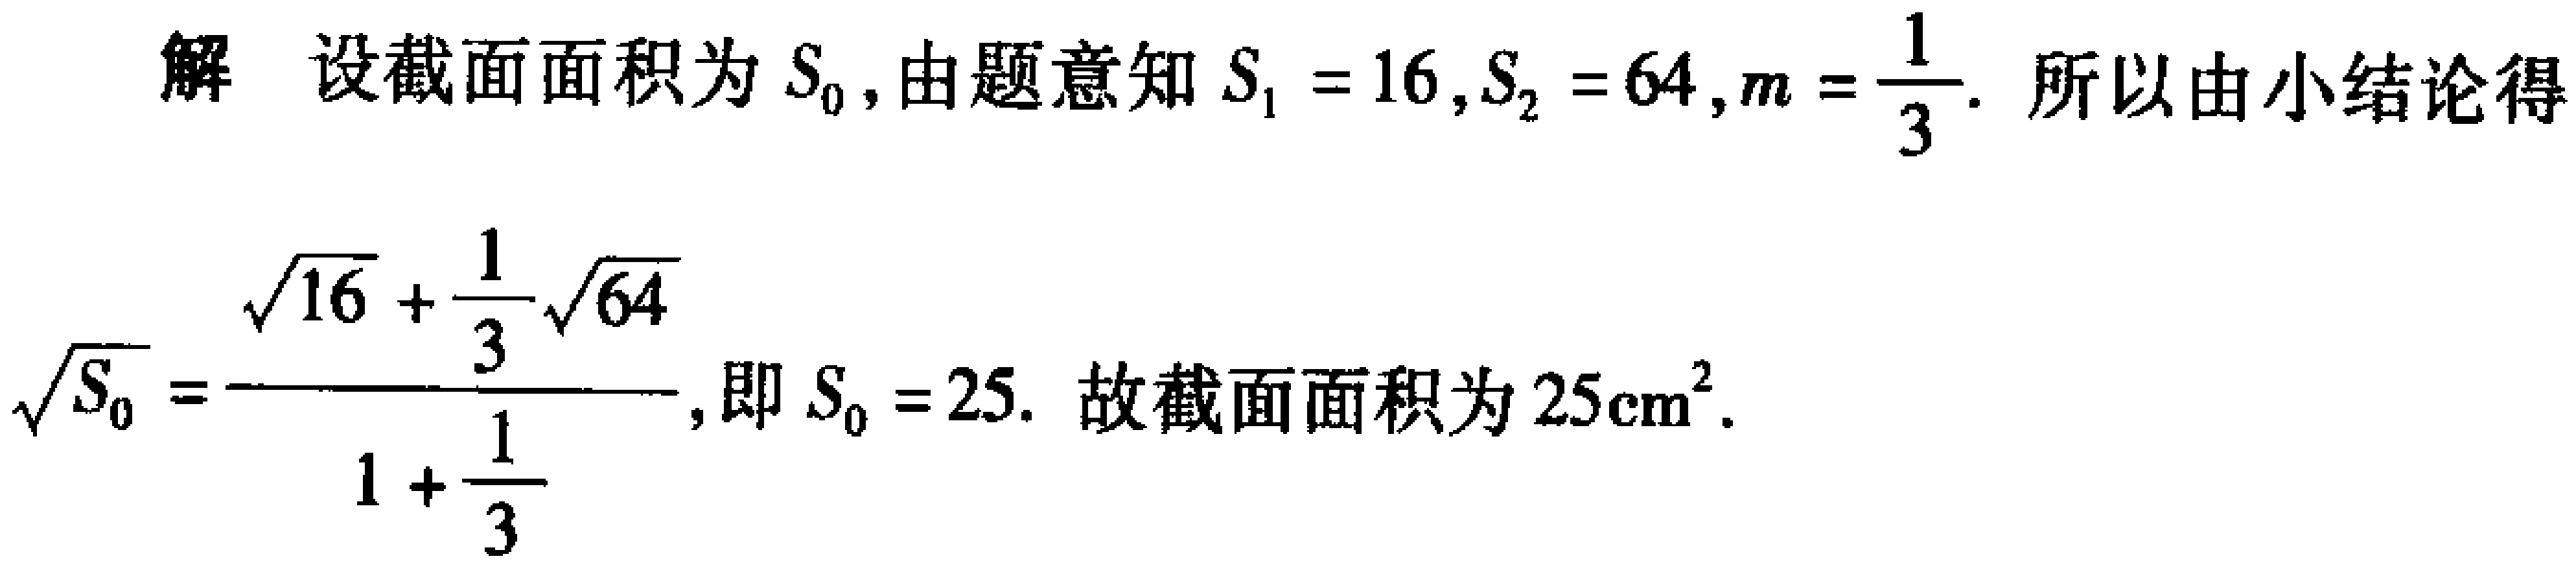
解 设截面面积为 \(S_{0}\), 由题意知 \(S_{1}=16\), \(S_{2}=64\), \(m = \frac{1}{3}\). 所以由小结论得
\(\sqrt{S_{0}}=\frac{\sqrt{16}+\frac{1}{3}\sqrt{64}}{1 + \frac{1}{3}}\), 即 \(S_{0}=25\). 故截面面积为 \(25\mathrm{cm}^{2}\).